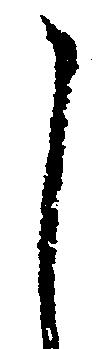
し